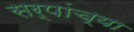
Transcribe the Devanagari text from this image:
सर्पांच्या